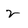
Character: 2